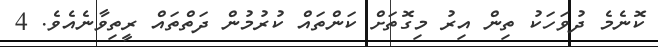
ކޮނެމެ ދުވަހަކު ތިން އިރު މިގޮތަށް ކަންތައް ކުރުމުން ދަތްތައް ރީތިވާނެއެވެ. 4